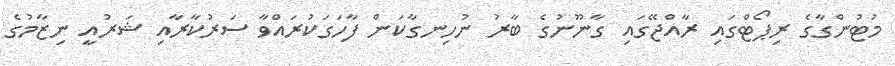
މުޓުންގާގެ ރިޕޯޓްގައި ރާއްޖޭގައި ގާނޫނުގެ ބާރު ނުހިނގާކަން ފާހަގަކުރައްވާ ސަރުކާރާއި ޝަރުއީ ނިޒާމުގެ